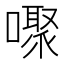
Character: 𰈸